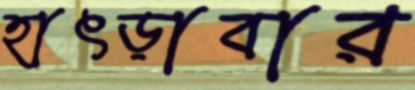
হাৎড়াবার